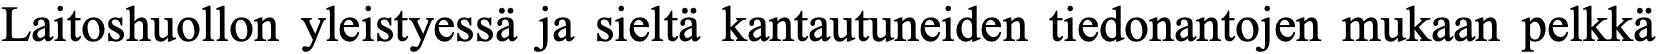
Laitoshuollon yleistyessä ja sieltä kantautuneiden tiedonantojen mukaan pelkkä